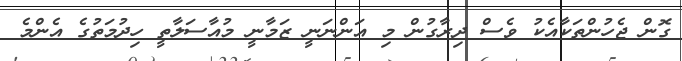
ގޮން ޖެހުންތަކާއެކު ވެސް ދިރާގުން މި އަންނަނީ ޒަމާނީ މުއާސަލާތީ ހިދުމަތުގެ އެންމެ